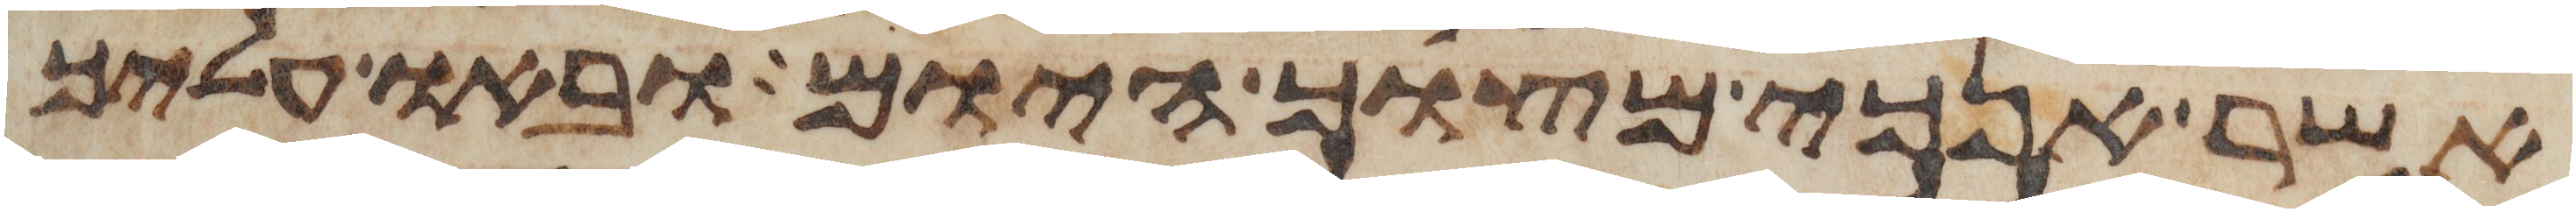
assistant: אשר אנכי מצוך היום ובאו עליך